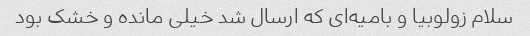
سلام زولوبیا و بامیه‌ای که ارسال شد خیلی مانده و خشک بود